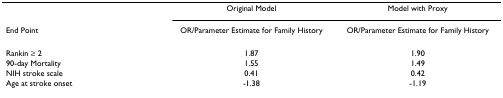
|  | Original Model | Model with Proxy |
 | End Point | OR/Parameter Estimate for Family History | OR/Parameter Estimate for Family History |
 | --- | --- | --- |
 | Rankin ≥ 2 | 1.87 | 1.90 |
 | 90-day Mortality | 1.55 | 1.49 |
 | NIH stroke scale | 0.41 | 0.42 |
 | Age at stroke onset | -1.38 | -1.19 |